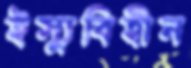
ইস্যুবিহীন